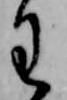
わ